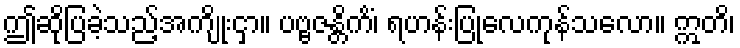
ဤဆိုပြခဲ့သည့်အကျိုးငှာ။ ပဗ္ဗဇန္တိကိံ၊ ရဟန်းပြုလေကုန်သလော။ ဣတိ၊